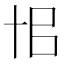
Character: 𠦗